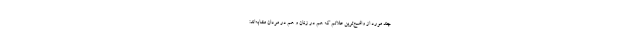
چند مورد از واضح‌ترین علائم که هم در زنان و هم در مردان مشابه‌اند: